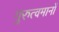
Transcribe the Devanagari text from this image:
गुरुत्वमानों